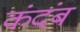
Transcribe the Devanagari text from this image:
कंदंब